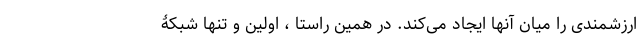
ارزشمندی را میان آنها ایجاد می‌کند. در همین راستا ، اولین و تنها شبکۀ